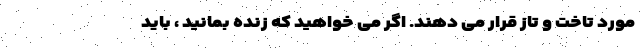
مورد تاخت و تاز قرار می دهند. اگر می خواهید که زنده بمانید ، باید